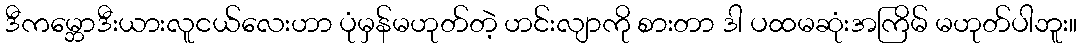
ဒီကမ္ဘောဒီးယားလူငယ်လေးဟာ ပုံမှန်မဟုတ်တဲ့ ဟင်းလျာကို စားတာ ဒါ ပထမဆုံးအကြိမ် မဟုတ်ပါဘူး။